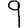
Digit: 9